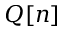
Q [ n ]